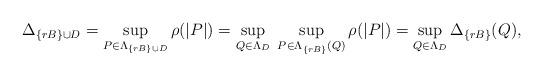
LaTeX: \begin{align*}\Delta_{\{rB\} \cup D} = \sup_{P \in \Lambda_{\{rB\} \cup D}} \rho(|P|) = \sup_{Q \in \Lambda_D} \; \sup_{P \in \Lambda_{\{rB\}}(Q)} \rho(|P|)= \sup_{Q \in \Lambda_D} \Delta_{\{rB\}}(Q),\end{align*}